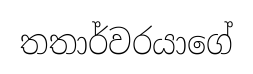
තතාර්වරයාගේ